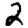
Digit: 2